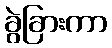
ခွဲခြားကာ